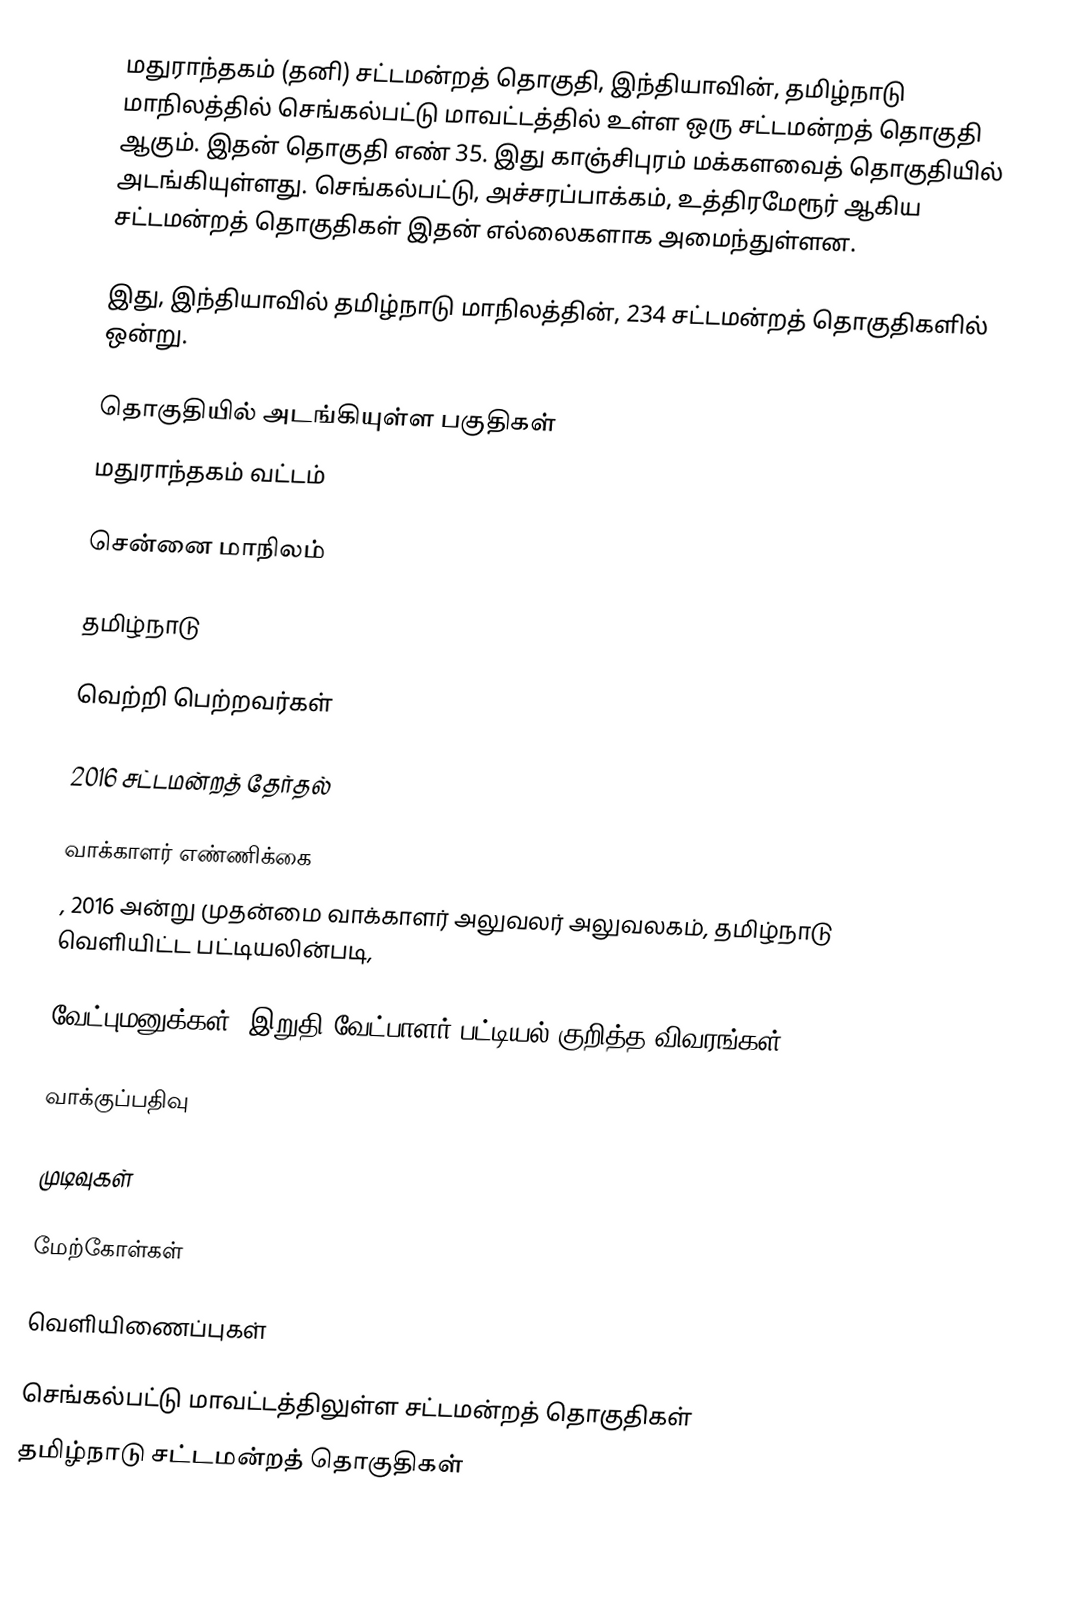
மதுராந்தகம்  (தனி) சட்டமன்றத் தொகுதி, இந்தியாவின், தமிழ்நாடு மாநிலத்தில்  செங்கல்பட்டு மாவட்டத்தில் உள்ள ஒரு சட்டமன்றத் தொகுதி ஆகும். இதன் தொகுதி எண் 35. இது காஞ்சிபுரம் மக்களவைத் தொகுதியில் அடங்கியுள்ளது. செங்கல்பட்டு, அச்சரப்பாக்கம், உத்திரமேரூர் ஆகிய சட்டமன்றத் தொகுதிகள் இதன் எல்லைகளாக அமைந்துள்ளன.

இது, இந்தியாவில் தமிழ்நாடு மாநிலத்தின், 234 சட்டமன்றத் தொகுதிகளில் ஒன்று.

தொகுதியில் அடங்கியுள்ள பகுதிகள்
மதுராந்தகம் வட்டம்

சென்னை மாநிலம்

தமிழ்நாடு

வெற்றி பெற்றவர்கள்

2016 சட்டமன்றத் தேர்தல்

வாக்காளர் எண்ணிக்கை
, 2016 அன்று முதன்மை வாக்காளர் அலுவலர் அலுவலகம், தமிழ்நாடு வெளியிட்ட பட்டியலின்படி,

வேட்புமனுக்கள், இறுதி வேட்பாளர் பட்டியல் குறித்த விவரங்கள்

வாக்குப்பதிவு

முடிவுகள்

மேற்கோள்கள்

வெளியிணைப்புகள்

செங்கல்பட்டு மாவட்டத்திலுள்ள சட்டமன்றத் தொகுதிகள்
தமிழ்நாடு சட்டமன்றத் தொகுதிகள்